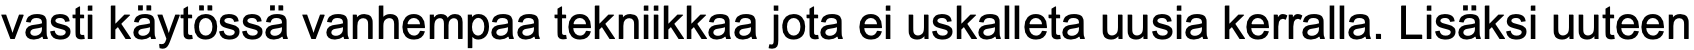
vasti käytössä vanhempaa tekniikkaa jota ei uskalleta uusia kerralla. Lisäksi uuteen